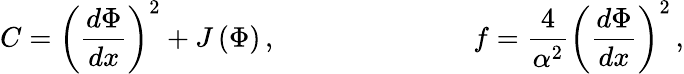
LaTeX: C=\left(\frac{d\Phi}{dx}\right)^{2}+J\left(\Phi\right)\, ,\ \ \ \ \ \ \, \ \ \ \ \ \ \ \ \ \ \ \ \ \ \ \ \ \ \ \ \ f=\frac{4}{\alpha^{2}}\left(\frac{d\Phi}{dx}\right)^{2}\, ,